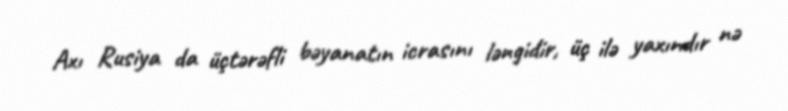
Axı Rusiya da üçtərəfli bəyanatın icrasını ləngidir, üç ilə yaxındır nə